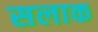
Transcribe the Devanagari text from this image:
सलाक